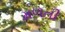
મળતી